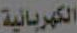
الكهربائية